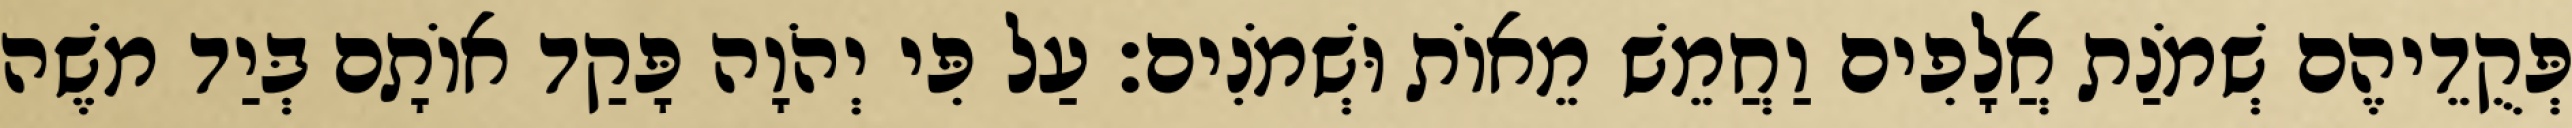
פְּקֻדֵיהֶם שְׁמֹנַת אֲלָפִים וַחֲמֵשׁ מֵאוֹת וּשְׁמֹנִים׃ עַל פִּי יְהֹוָה פָּקַד אוֹתָם בְּיַד משֶׁה